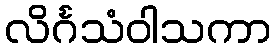
လိင်္ဂသံဝါသကာ